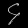
Digit: ၄